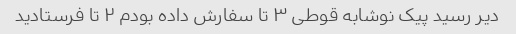
دیر رسید پیک نوشابه قوطی ۳ تا سفارش داده بودم ۲ تا فرستادید